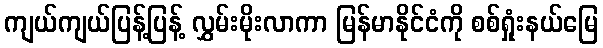
ကျယ်ကျယ်ပြန့်ပြန့် လွှမ်းမိုးလာကာ မြန်မာနိုင်ငံကို စစ်ရှုံးနယ်မြေ